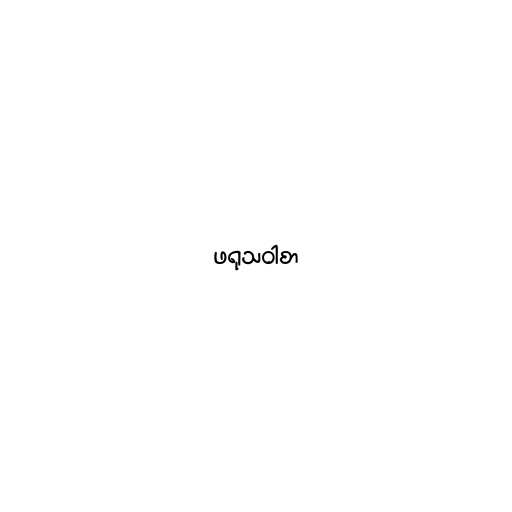
ဖရုသဝါစာ